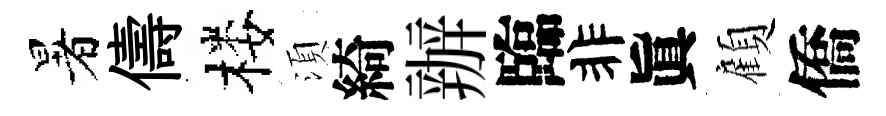
暑儔楼湏綺辦臨非眞顧僑